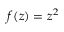
f ( z ) = z ^ { 2 }